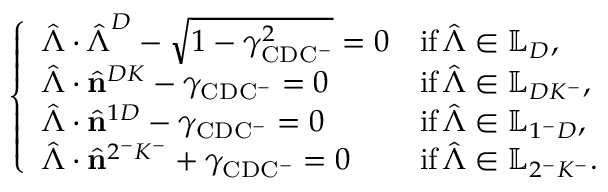
\left\{ \begin{array} { l l } { \hat { \boldsymbol { \Lambda } } \cdot \hat { \boldsymbol { \Lambda } } ^ { D } - \sqrt { 1 - \gamma _ { \mathrm { C D C ^ { - } } } ^ { 2 } } = 0 } & { \mathrm { i f } \, \hat { \boldsymbol { \Lambda } } \in \mathbb { L } _ { D } , } \\ { \hat { \boldsymbol { \Lambda } } \cdot \hat { \mathbf { n } } ^ { D K } - \gamma _ { \mathrm { C D C ^ { - } } } = 0 } & { \mathrm { i f } \, \hat { \boldsymbol { \Lambda } } \in \mathbb { L } _ { D K ^ { - } } , } \\ { \hat { \boldsymbol { \Lambda } } \cdot \hat { \mathbf { n } } ^ { 1 D } - \gamma _ { \mathrm { C D C ^ { - } } } = 0 } & { \mathrm { i f } \, \hat { \boldsymbol { \Lambda } } \in \mathbb { L } _ { 1 ^ { - } D } , } \\ { \hat { \boldsymbol { \Lambda } } \cdot \hat { \mathbf { n } } ^ { 2 ^ { - } K ^ { - } } + \gamma _ { \mathrm { C D C ^ { - } } } = 0 } & { \mathrm { i f } \, \hat { \boldsymbol { \Lambda } } \in \mathbb { L } _ { 2 ^ { - } K ^ { - } } . } \end{array} \right.